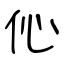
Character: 伈